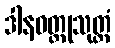
ဒါနဝတ္ထုသုတ္တံ